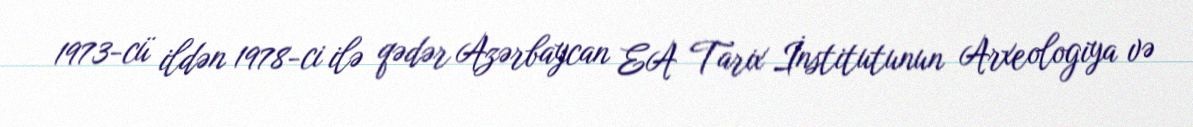
1973-cü ildən 1978-ci ilə qədər Azərbaycan EA Tarix İnstitutunun Arxeologiya və